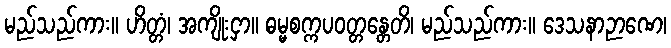
မည်သည်ကား။ ဟိတ္တံ၊ အကျိုးငှာ။ ဓမ္မစက္ကပဝတ္တန္တေတိ၊ မည်သည်ကား။ ဒေသနာဉာဏေ၊